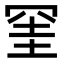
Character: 𭁹